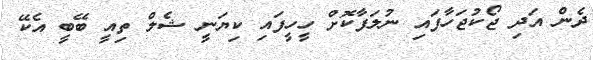
ދެން އަދި ޖޯކުޖަހާފައި ނުލަފާކޮށް ހީހީފައި ކިޔަނީ ޝެލް ތިއީ ބޭބީ އެކޭ